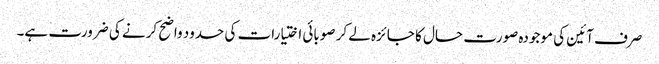
صرف آئین کی موجودہ صورت حال کا جائزہ لے کر صوبائی اختیارات کی حدود واضح کرنے کی ضرورت ہے۔